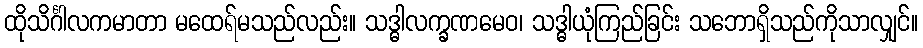
ထိုသိင်္ဂါလကမာတာ မထေရ်မသည်လည်း။ သဒ္ဓါလက္ခဏမေဝ၊ သဒ္ဓါယုံကြည်ခြင်း သဘောရှိသည်ကိုသာလျှင်။